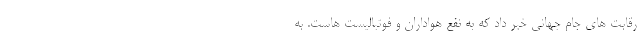
رقابت های جام جهانی خبر داد که به نفع هواداران و فوتبالیست هاست. به